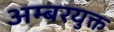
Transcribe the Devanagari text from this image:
अम्बरयुक्त